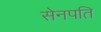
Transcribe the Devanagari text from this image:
सेनपति